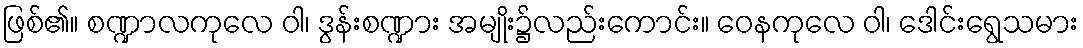
ဖြစ်၏။ စဏ္ဍာလကုလေ ဝါ၊ ဒွန်းစဏ္ဍား အမျိုး၌လည်းကောင်း။ ဝေနကုလေ ဝါ၊ ဒေါင်းရွေသမား